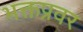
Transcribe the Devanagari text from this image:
भक्तप्रवर